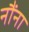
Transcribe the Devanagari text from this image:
नौंना